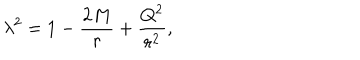
\lambda ^ { 2 } = 1 - \frac { 2 M } { r } + \frac { Q ^ { 2 } } { r ^ { 2 } } ,